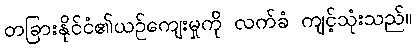
တခြားနိုင်ငံ၏ယဉ်ကျေးမှုကို လက်ခံ ကျင့်သုံးသည်။